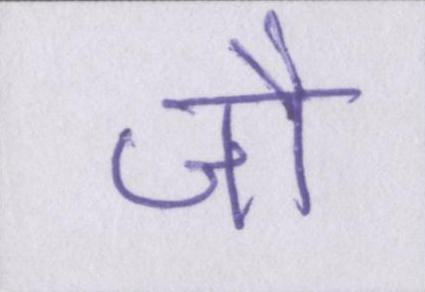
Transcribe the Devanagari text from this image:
जौ